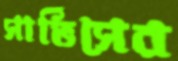
সার্ভিসের